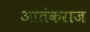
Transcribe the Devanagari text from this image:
आतंकराज